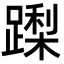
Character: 𮜏